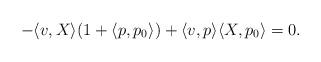
LaTeX: \begin{align*}-\langle v, X \rangle (1 + \langle p, p_0 \rangle) + \langle v, p \rangle \langle X, p_0 \rangle = 0.\end{align*}